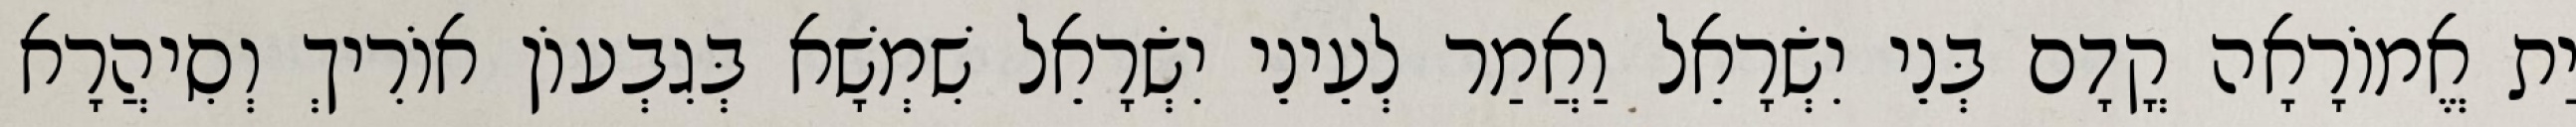
יַת אֱמוֹרָאָה קֳדָם בְּנֵי יִשְׂרָאֵל וַאֲמַר לְעֵינֵי יִשְׂרָאֵל שִׁמְשָׁא בְּגִבְעוֹן אוֹרִיךְ וְסִיהֲרָא